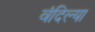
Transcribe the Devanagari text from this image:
वंदिल्या